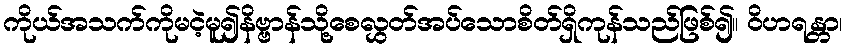
ကိုယ်အသက်ကိုမငဲ့မူ၍နိဗ္ဗာန်သို့စေလွှတ်အပ်သောစိတ်ရှိကုန်သည်ဖြစ်၍။ ဝိဟရန္တာ၊